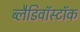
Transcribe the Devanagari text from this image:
ब्लैडिवॉस्टॉक